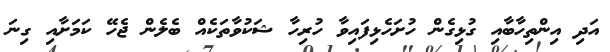
އަދި އިންތިހާބާއި ގުޅިގެން ހުށަހެޅިފައިވާ ހުރިހާ ޝަކުވާތަކެއް ބެލެން ޖެހޭ ކަމަށާއި ގިނަ